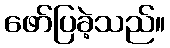
ဖော်ပြခဲ့သည်။